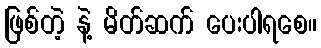
ဖြစ်တဲ့ နဲ့ မိတ်ဆက် ပေးပါရစေ။